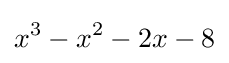
x^{3}-x^{2}-2x-8